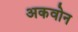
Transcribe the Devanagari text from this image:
अकवोन